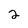
Character: 2